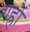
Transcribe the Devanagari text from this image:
गह्रों